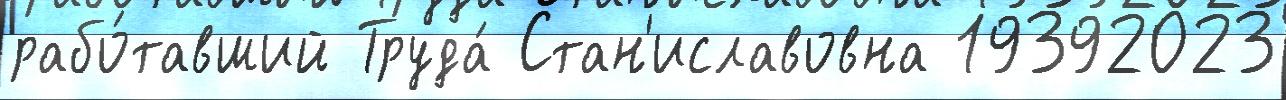
рабо́тавший Труда́ Стан'иславовна 19392023